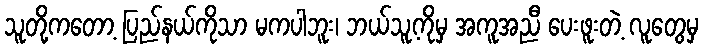
သူတို့ကတော့ ပြည်နယ်ကိုသာ မကပါဘူး၊ ဘယ်သူ့ကိုမှ အကူအညီ ပေးဖူးတဲ့ လူတွေမှ